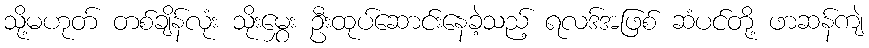
သို့မဟုတ် တစ်ချိန်လုံး သိုးမွှေး ဦးထုပ်ဆောင်းနေခဲ့သည့် ရလဒ်အဖြစ် ဆံပင်တို့ ဖာဆန်ကျဲ